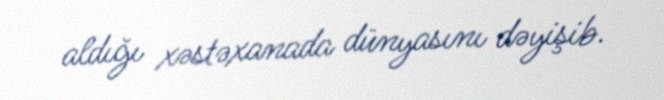
aldığı xəstəxanada dünyasını dəyişib.